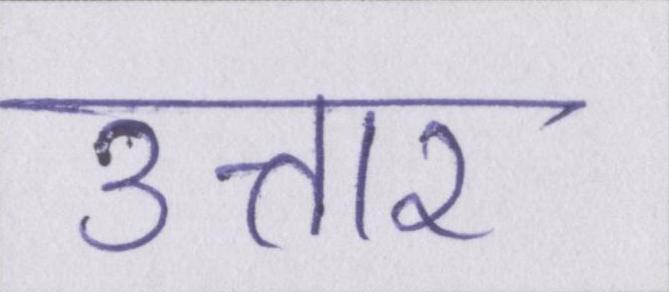
उत्तार